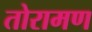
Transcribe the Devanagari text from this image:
तोरामण